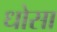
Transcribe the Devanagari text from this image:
धोसा